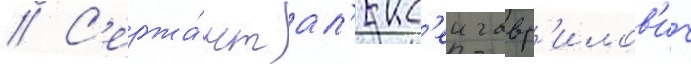
// С'ержа́нт ал'екс'еи гавр'илов'ич